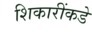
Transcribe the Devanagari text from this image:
शिकारींकडे